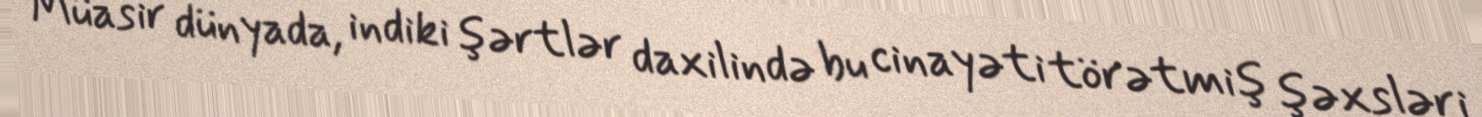
Müasir dünyada, indiki şərtlər daxilində bu cinayəti törətmiş şəxsləri